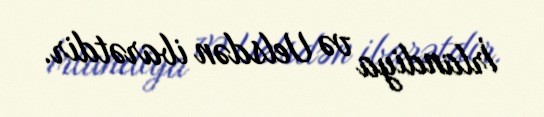
İrlandiya və Uelsdən ibarətdir.